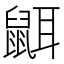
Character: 𪕔